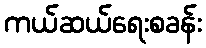
ကယ်ဆယ်ရေးစခန်း